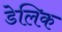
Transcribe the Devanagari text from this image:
डेलिक